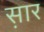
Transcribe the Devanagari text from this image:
स़ार